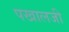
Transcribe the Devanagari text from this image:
पखालजी